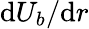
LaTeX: \textnormal{d}U_{b}/\textnormal{d}r